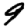
Digit: 9